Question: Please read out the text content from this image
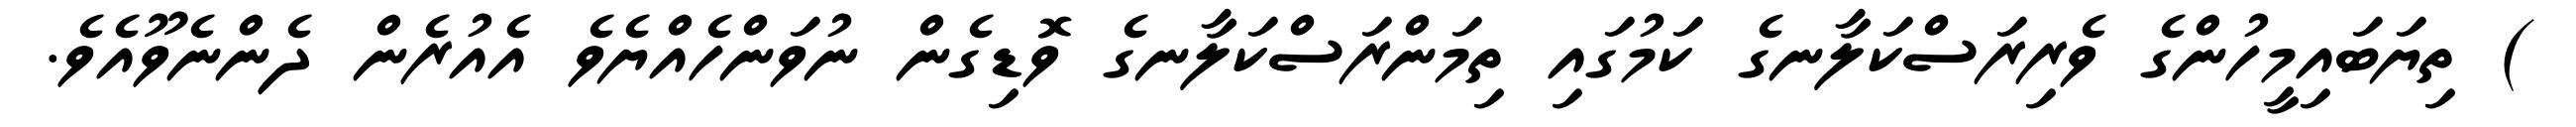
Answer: ) ތިޔަބައިމީހުންގެ ވެރިރަސްކަލާނގެ ކަމުގައި ތިމަންރަސްކަލާނގެ ވޮޑިގެން ނުވަންހެއްޔެވެ އެއުރެން ދެންނެވޫއެވެ.